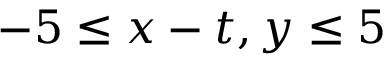
- 5 \leq x - t , y \leq 5